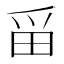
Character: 𪽋